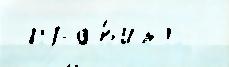
 пра́в'ить